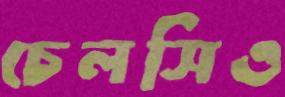
চেলসিও